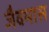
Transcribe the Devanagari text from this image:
जैवमास